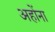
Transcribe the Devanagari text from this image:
अहोंना